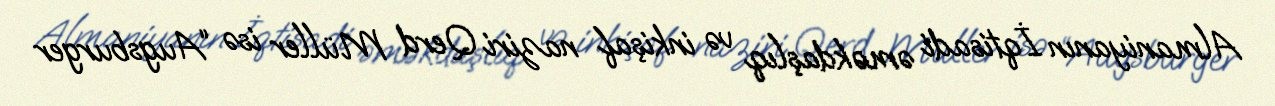
Almaniyanın İqtisadi əməkdaşlıq və inkişaf naziri Qerd Müller isə “Augsburger